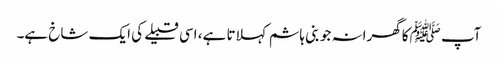
آپ ﷺکا گھرانہ جو بنی ہاشم کہلاتا ہے، اسی قبیلے کی ایک شاخ ہے۔